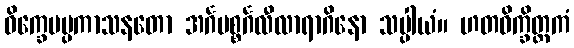
ဝိက္ခေပပ္ပကာသနတော အင်္ဂပစ္စင်္ဂလီလာရာဂိနော သပ္ပါယံ။ ဟတဝိက္ခိတ္တကံ